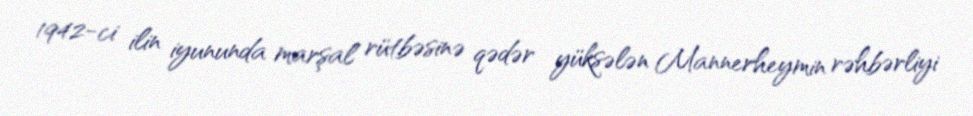
1942-ci ilin iyununda marşal rütbəsinə qədər yüksələn Mannerheymin rəhbərliyi